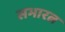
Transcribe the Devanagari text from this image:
सभारत्न